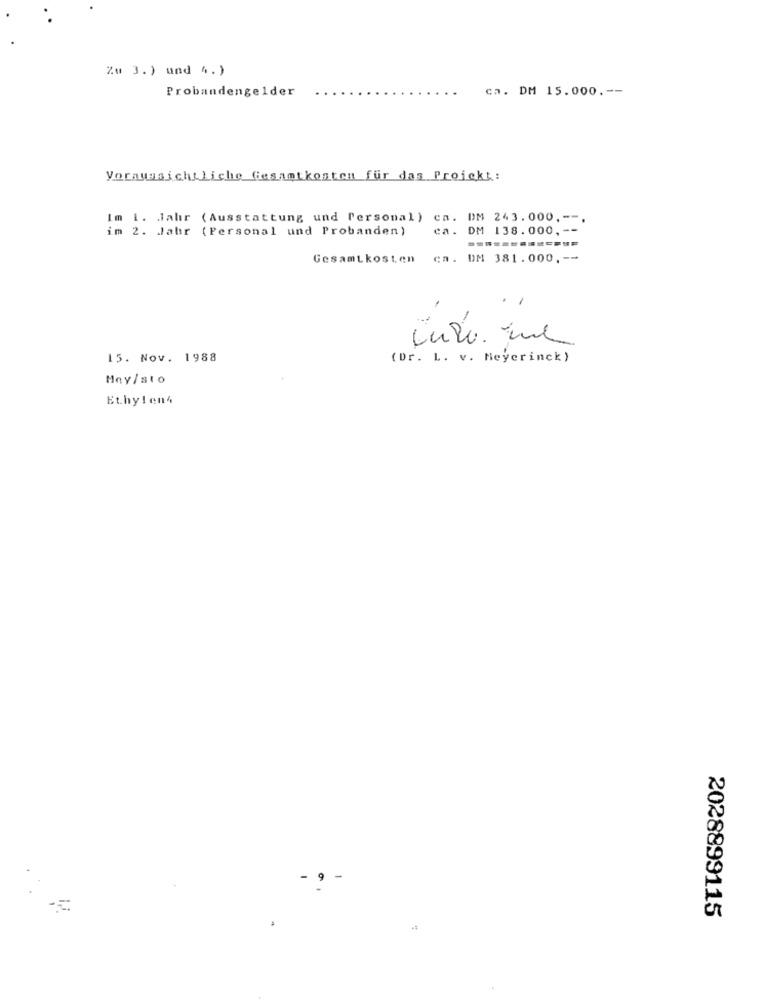
Zu 3.) und 4.)
Probandengelder
ca. DM 15.000 .--
Voraussichtliche Gesamtkosten für das Projekt:
Im i. Jahr (Ausstattung und Personal) ca. DM 243.000, --
im 2. Jahr (Personal und Probanden)
ca. DM 138.000 ,-
Gesamtkosten
ca. DM 381.000 .--
.
15. Nov. 1988
(Dr. L. v. Meyerinck)
Hey/sto
Ethylen4
9
2028899115